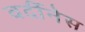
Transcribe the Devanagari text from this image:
वर्दीनेस